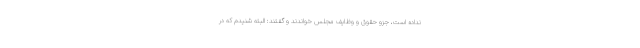
نداده است، جزو حقوق و وظایف مجلس خواندند و گفتند: البته شنیدم که در